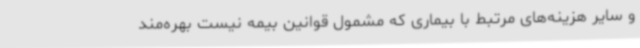
و سایر هزینه‌های مرتبط با بیماری که مشمول قوانین بیمه نیست بهره‌مند